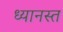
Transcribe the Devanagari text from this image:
ध्यानस्त